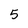
Character: 5